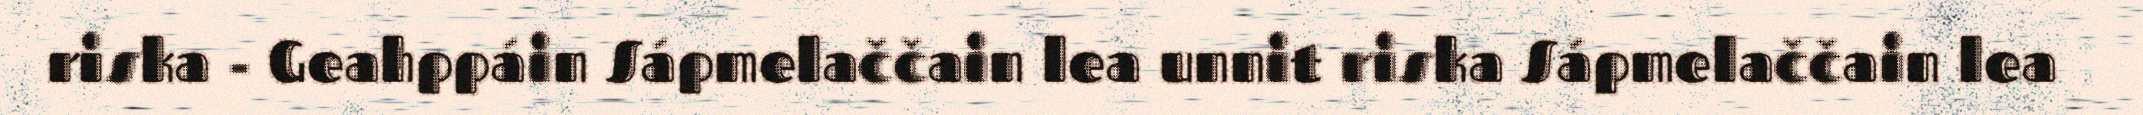
riska - Geahppáin Sápmelaččain lea unnit riska Sápmelaččain lea